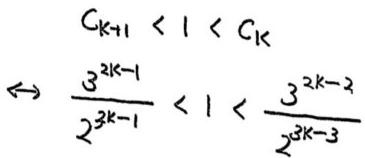
\[
\begin{align*}
C_{k + 1} &< l < C_{k}\\
\leftrightarrow \frac{3^{2k - 1}}{2^{3k - 1}} &< l < \frac{3^{2k - 2}}{2^{3k - 3}}
\end{align*}
\]